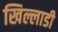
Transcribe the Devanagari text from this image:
खिल्लाडी